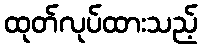
ထုတ်လုပ်ထားသည့်